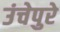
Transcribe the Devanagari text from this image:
उंचेपुरे